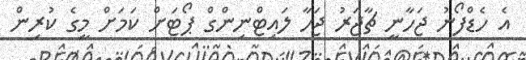
އެ ހެޑްފޯނު ޖަހާނީ ޗާޖަރު ޖަހާ ލައިޓްނިންގް ޕޯޓަށް ކަމަށް މީގެ ކުރިން